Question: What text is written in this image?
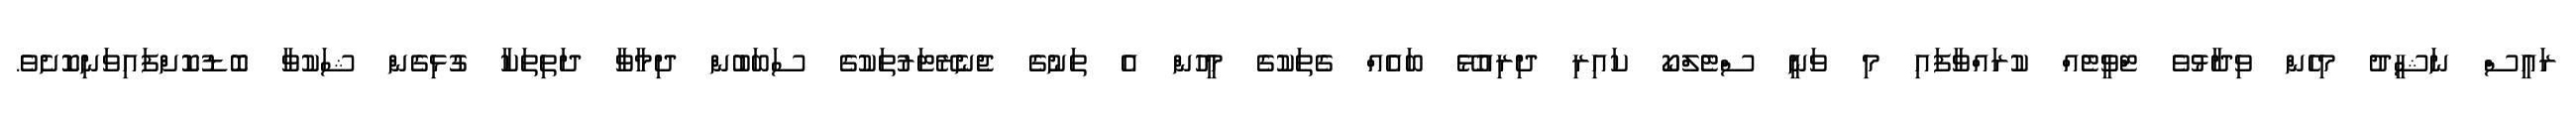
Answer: ރައީސް ނަޝީދު މިހެން ވިދާޅުވެ ޓްވީޓެއް ކުރައްވާފައި މި ވަނީ ސްޓެލްކޯ ކައިރި ދިރިއުޅޭ ބައެއް ގެތަކުގެ މީހުން އެ ތަނުގެ ޖެނެރޭޓަރުތަކުގެ ސަބަބުން ދިމާވާ ދަތިތަކާ ގުޅިގެން ޝަކުވާ ބޮޑުކޮށްފައިވަނިކޮށެވެ.